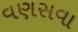
વણસવા